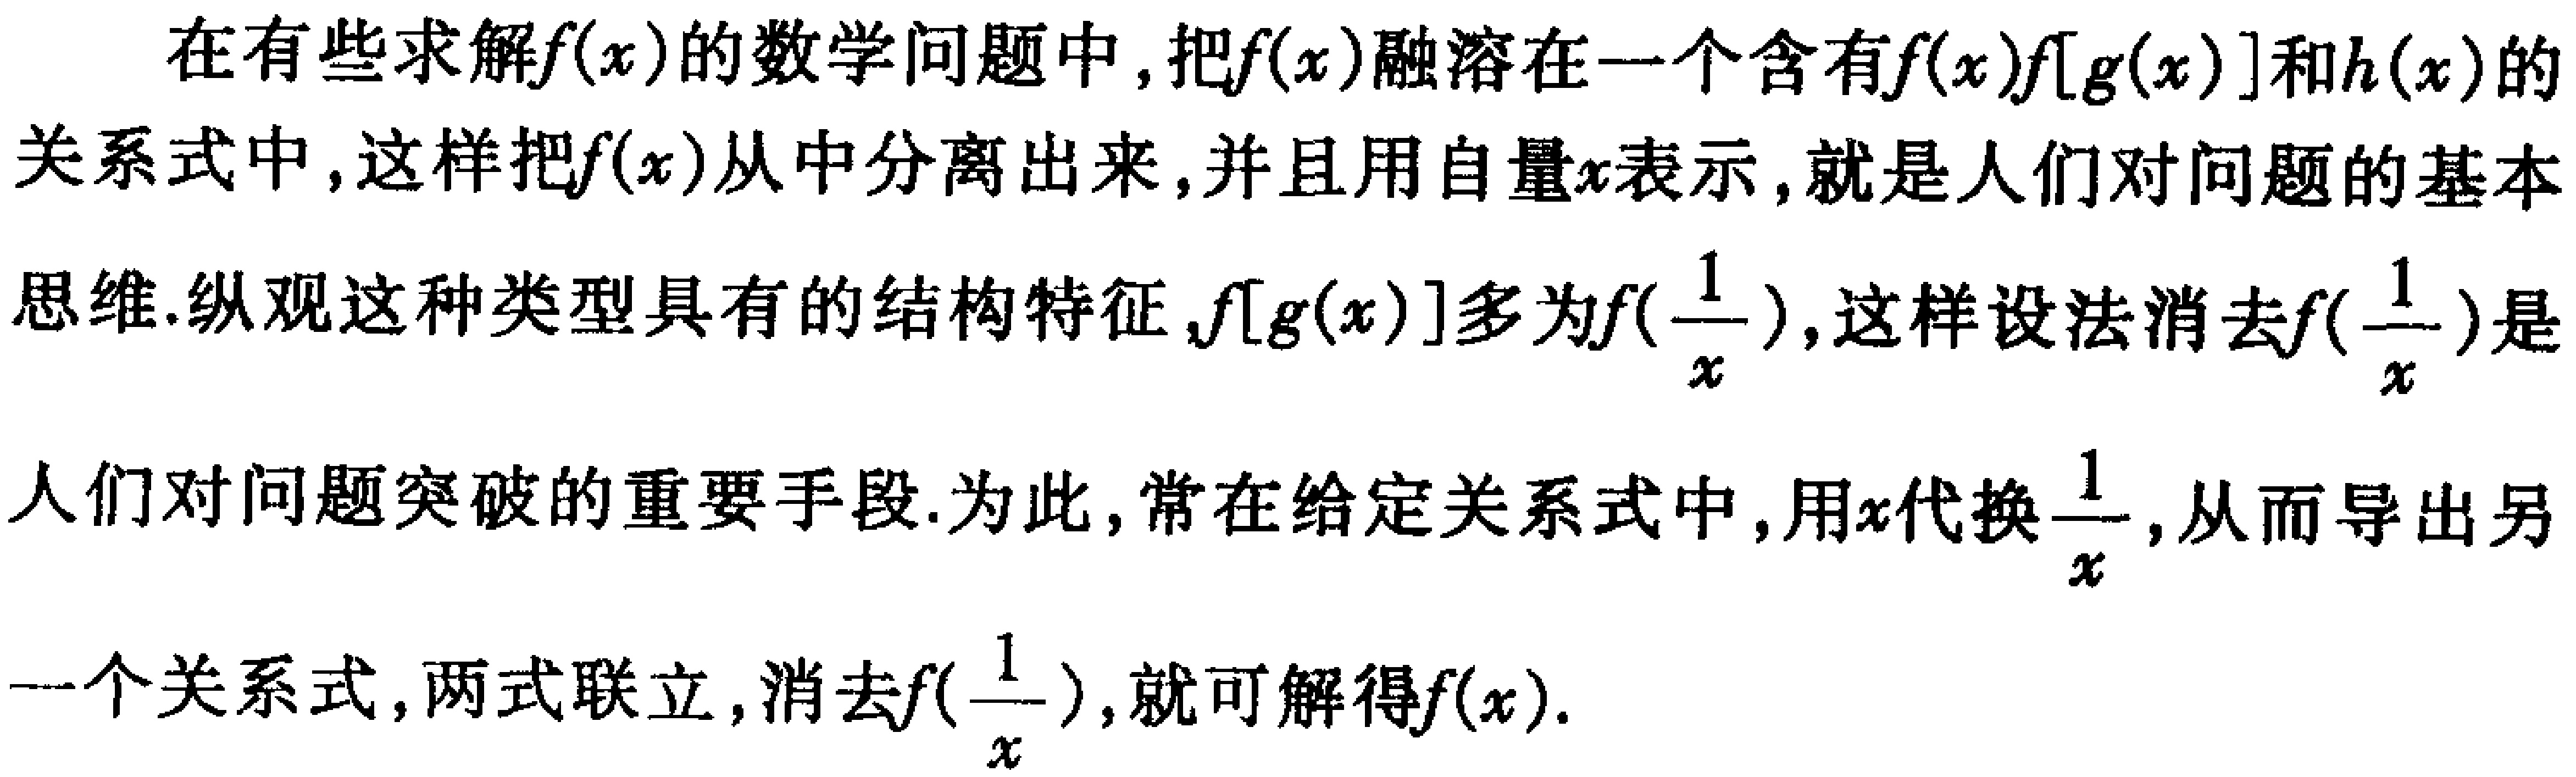
在有些求解\(f(x)\)的数学问题中, 把\(f(x)\)融溶在一个含有\(f(x),f[g(x)]\)和\(h(x)\)的关系式中, 这样把\(f(x)\)从中分离出来, 并且用自量\(x\)表示, 就是人们对问题的基本思维. 纵观这种类型具有的结构特征,\(f[g(x)]\)多为\(f(\frac{1}{x})\), 这样设法消去\(f(\frac{1}{x})\)是人们对问题突破的重要手段. 为此, 常在给定关系式中, 用\(x\)代换\(\frac{1}{x}\), 从而导出另一个关系式, 两式联立, 消去\(f(\frac{1}{x})\), 就可解得\(f(x)\).